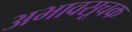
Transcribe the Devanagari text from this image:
अभावसूचक